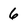
Character: 6